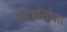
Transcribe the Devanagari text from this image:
ताओसोबत